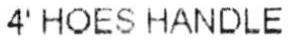
4' HOES HANDLE